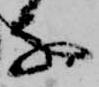
な